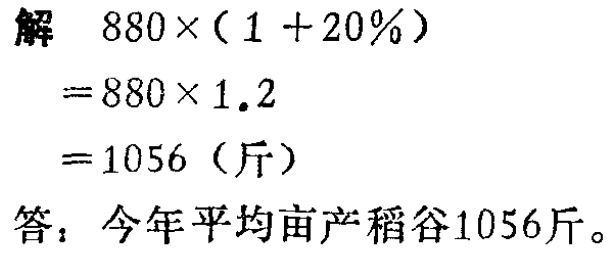
解

\[

\begin{align*}

&880\times(1 + 20\%)\\

=&880\times1.2\\

=&1056 (\text{斤})

\end{align*}

\]

答：今年平均亩产稻谷1056斤。